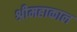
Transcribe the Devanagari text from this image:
श्रीमहाकाल